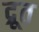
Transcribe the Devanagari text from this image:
द्रूत